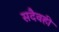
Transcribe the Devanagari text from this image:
सदैवही